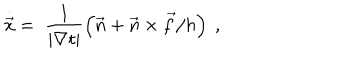
\stackrel { \cdot } { \vec { x } } \; = \; \frac { 1 } { | \nabla t | } \left( \vec { n } + \vec { n } \times \vec { f } / h \right) \ ,